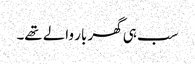
سب ہی گھر بار والے تھے۔